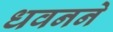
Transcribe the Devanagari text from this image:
धवनने